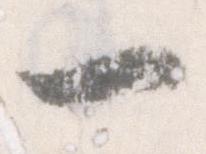
一